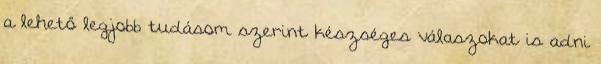
a lehető legjobb tudásom szerint készséges válaszokat is adni